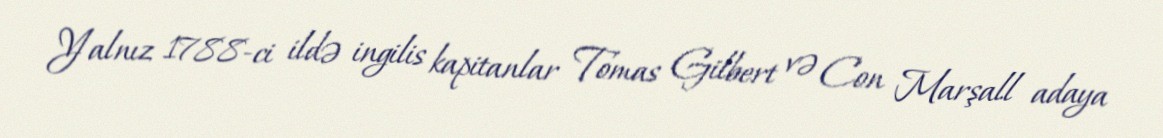
Yalnız 1788-ci ildə ingilis kapitanlar Tomas Gilbert və Con Marşall adaya